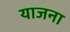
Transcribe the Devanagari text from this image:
याजना